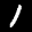
Label: 1